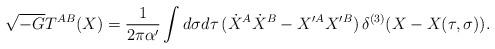
LaTeX: \begin{align*}\sqrt{-G}T^{AB}(X)=\frac{1}{2\pi\alpha'}\int d\sigma d\tau\,(\dot{X}^A\dot{X}^B-X'^A X'^B)\,\delta^{(3)}(X-X(\tau,\sigma)).\end{align*}